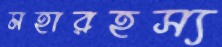
মহারহস্য